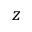
z